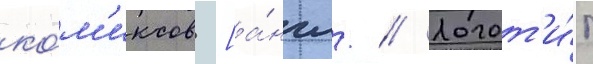
ко́м'иксов [а́нгл. // Логот'и́п